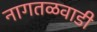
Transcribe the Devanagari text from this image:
नागतळवाडी